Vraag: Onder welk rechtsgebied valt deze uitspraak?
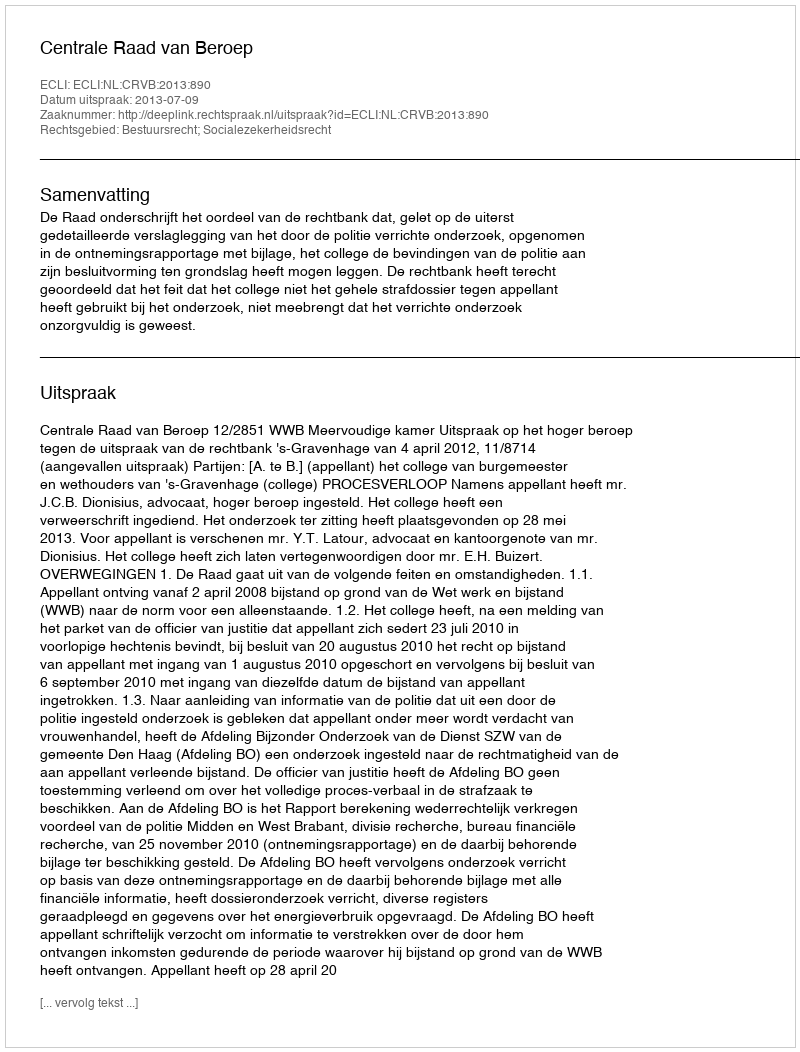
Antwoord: Bestuursrecht; Socialezekerheidsrecht